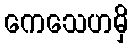
ကေသေဟမှိ